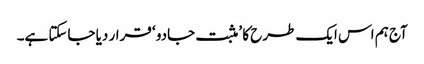
آج ہم اس ایک طرح کا ’ مثبت جادو ‘ قرار دیا جاسکتا ہے۔